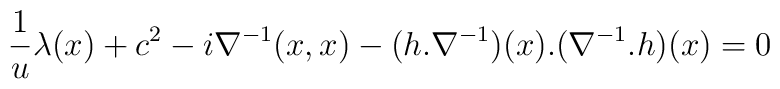
\frac{1}{u} \lambda(x)+c^2 -i  \nabla^{-1}(x,x) - (h. \nabla^{-1})(x).(\nabla^{-1}.h)(x) = 0